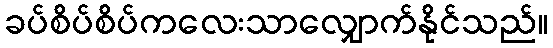
ခပ်စိပ်စိပ်ကလေးသာလျှောက်နိုင်သည်။